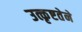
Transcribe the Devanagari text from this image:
उत्कृष्टतेने